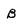
Character: B